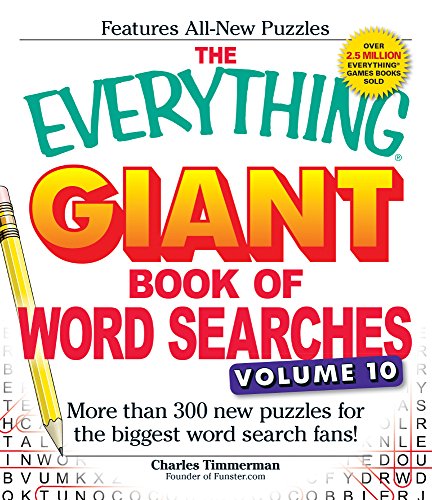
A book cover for The Everything Giant Book of Word Searches, Volume 10: More Than 300 New Puzzles for the Biggest Word Search Fans!; Charles Timmerman; Humor & Entertainment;